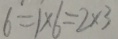
6 = 1 \times 6 = 2 \times 3